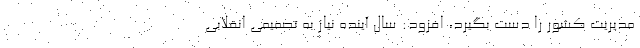
مدیریت کشور را دست بگیرد، افزود: سال آینده نیاز به تصمیمی انقلابی